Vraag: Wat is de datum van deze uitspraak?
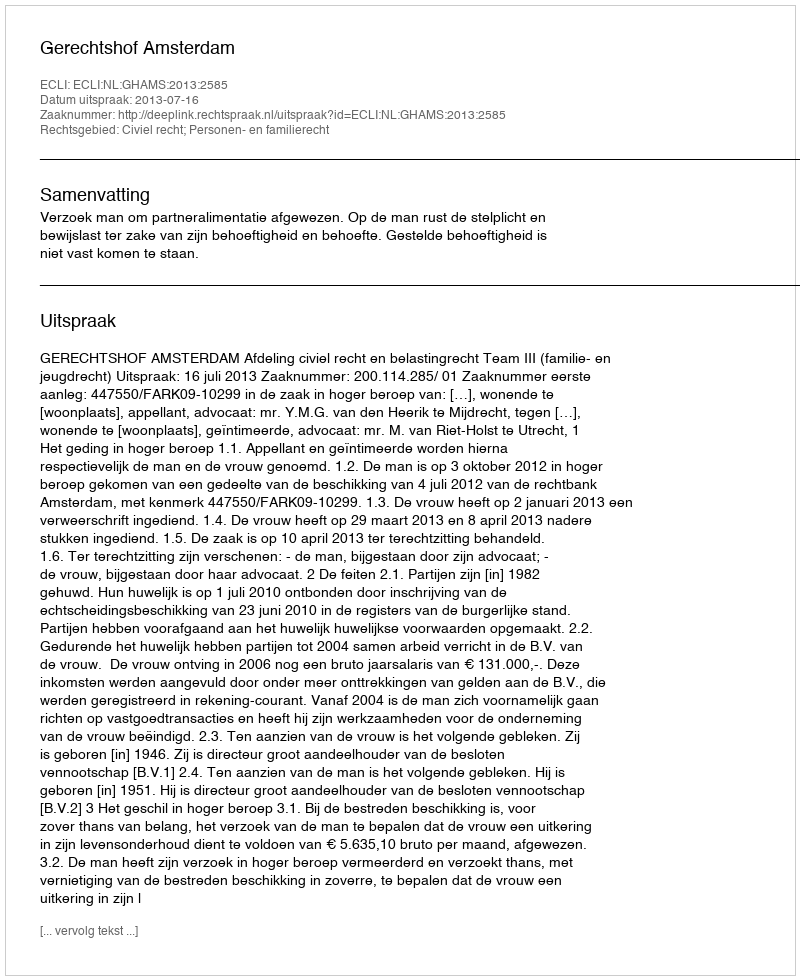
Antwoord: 2013-07-16